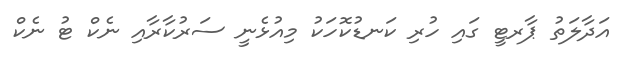
އަދާލަތު ޕާރޓީ ގައި ހުރި ކަނޑުކޮހަކު މިއުޅެނީ ސަރުކާރާއި ނެކް ޓު ނެކް